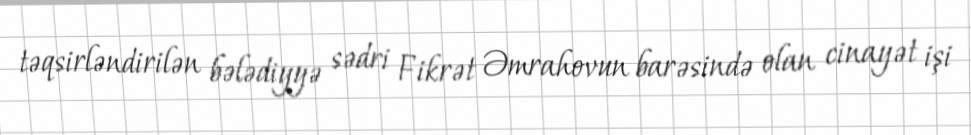
təqsirləndirilən bələdiyyə sədri Fikrət Əmrahovun barəsində olan cinayət işi